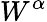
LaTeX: W^{\alpha}